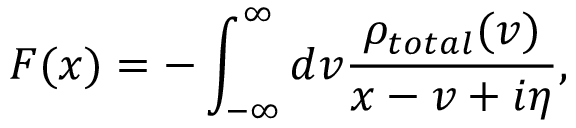
F ( x ) = - \int _ { - \infty } ^ { \infty } { d v \frac { { { \rho } _ { t o t a l } } ( v ) } { x - v + i \eta } } ,